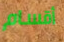
أقسام